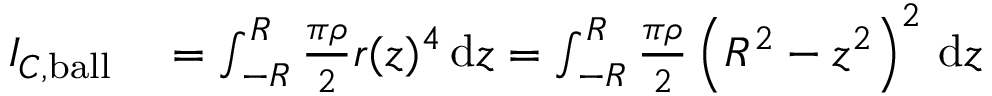
\begin{array} { r l } { I _ { C , { \mathrm { b a l l } } } } & { { } = \int _ { - R } ^ { R } { \frac { \pi \rho } { 2 } } r ( z ) ^ { 4 } \, \mathrm { d } z = \int _ { - R } ^ { R } { \frac { \pi \rho } { 2 } } \left( R ^ { 2 } - z ^ { 2 } \right) ^ { 2 } \, \mathrm { d } z } \end{array}